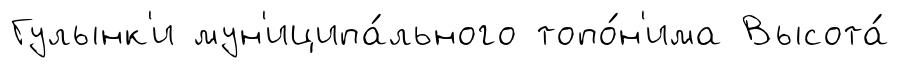
Гулынк'и мун'иципа́льного топо́н'има Высота́